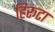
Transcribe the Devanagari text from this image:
हिरूटा